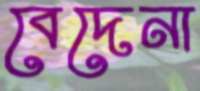
বেদেনা